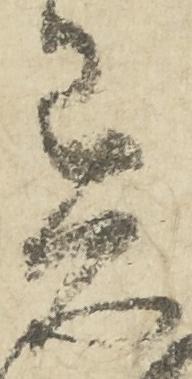
異